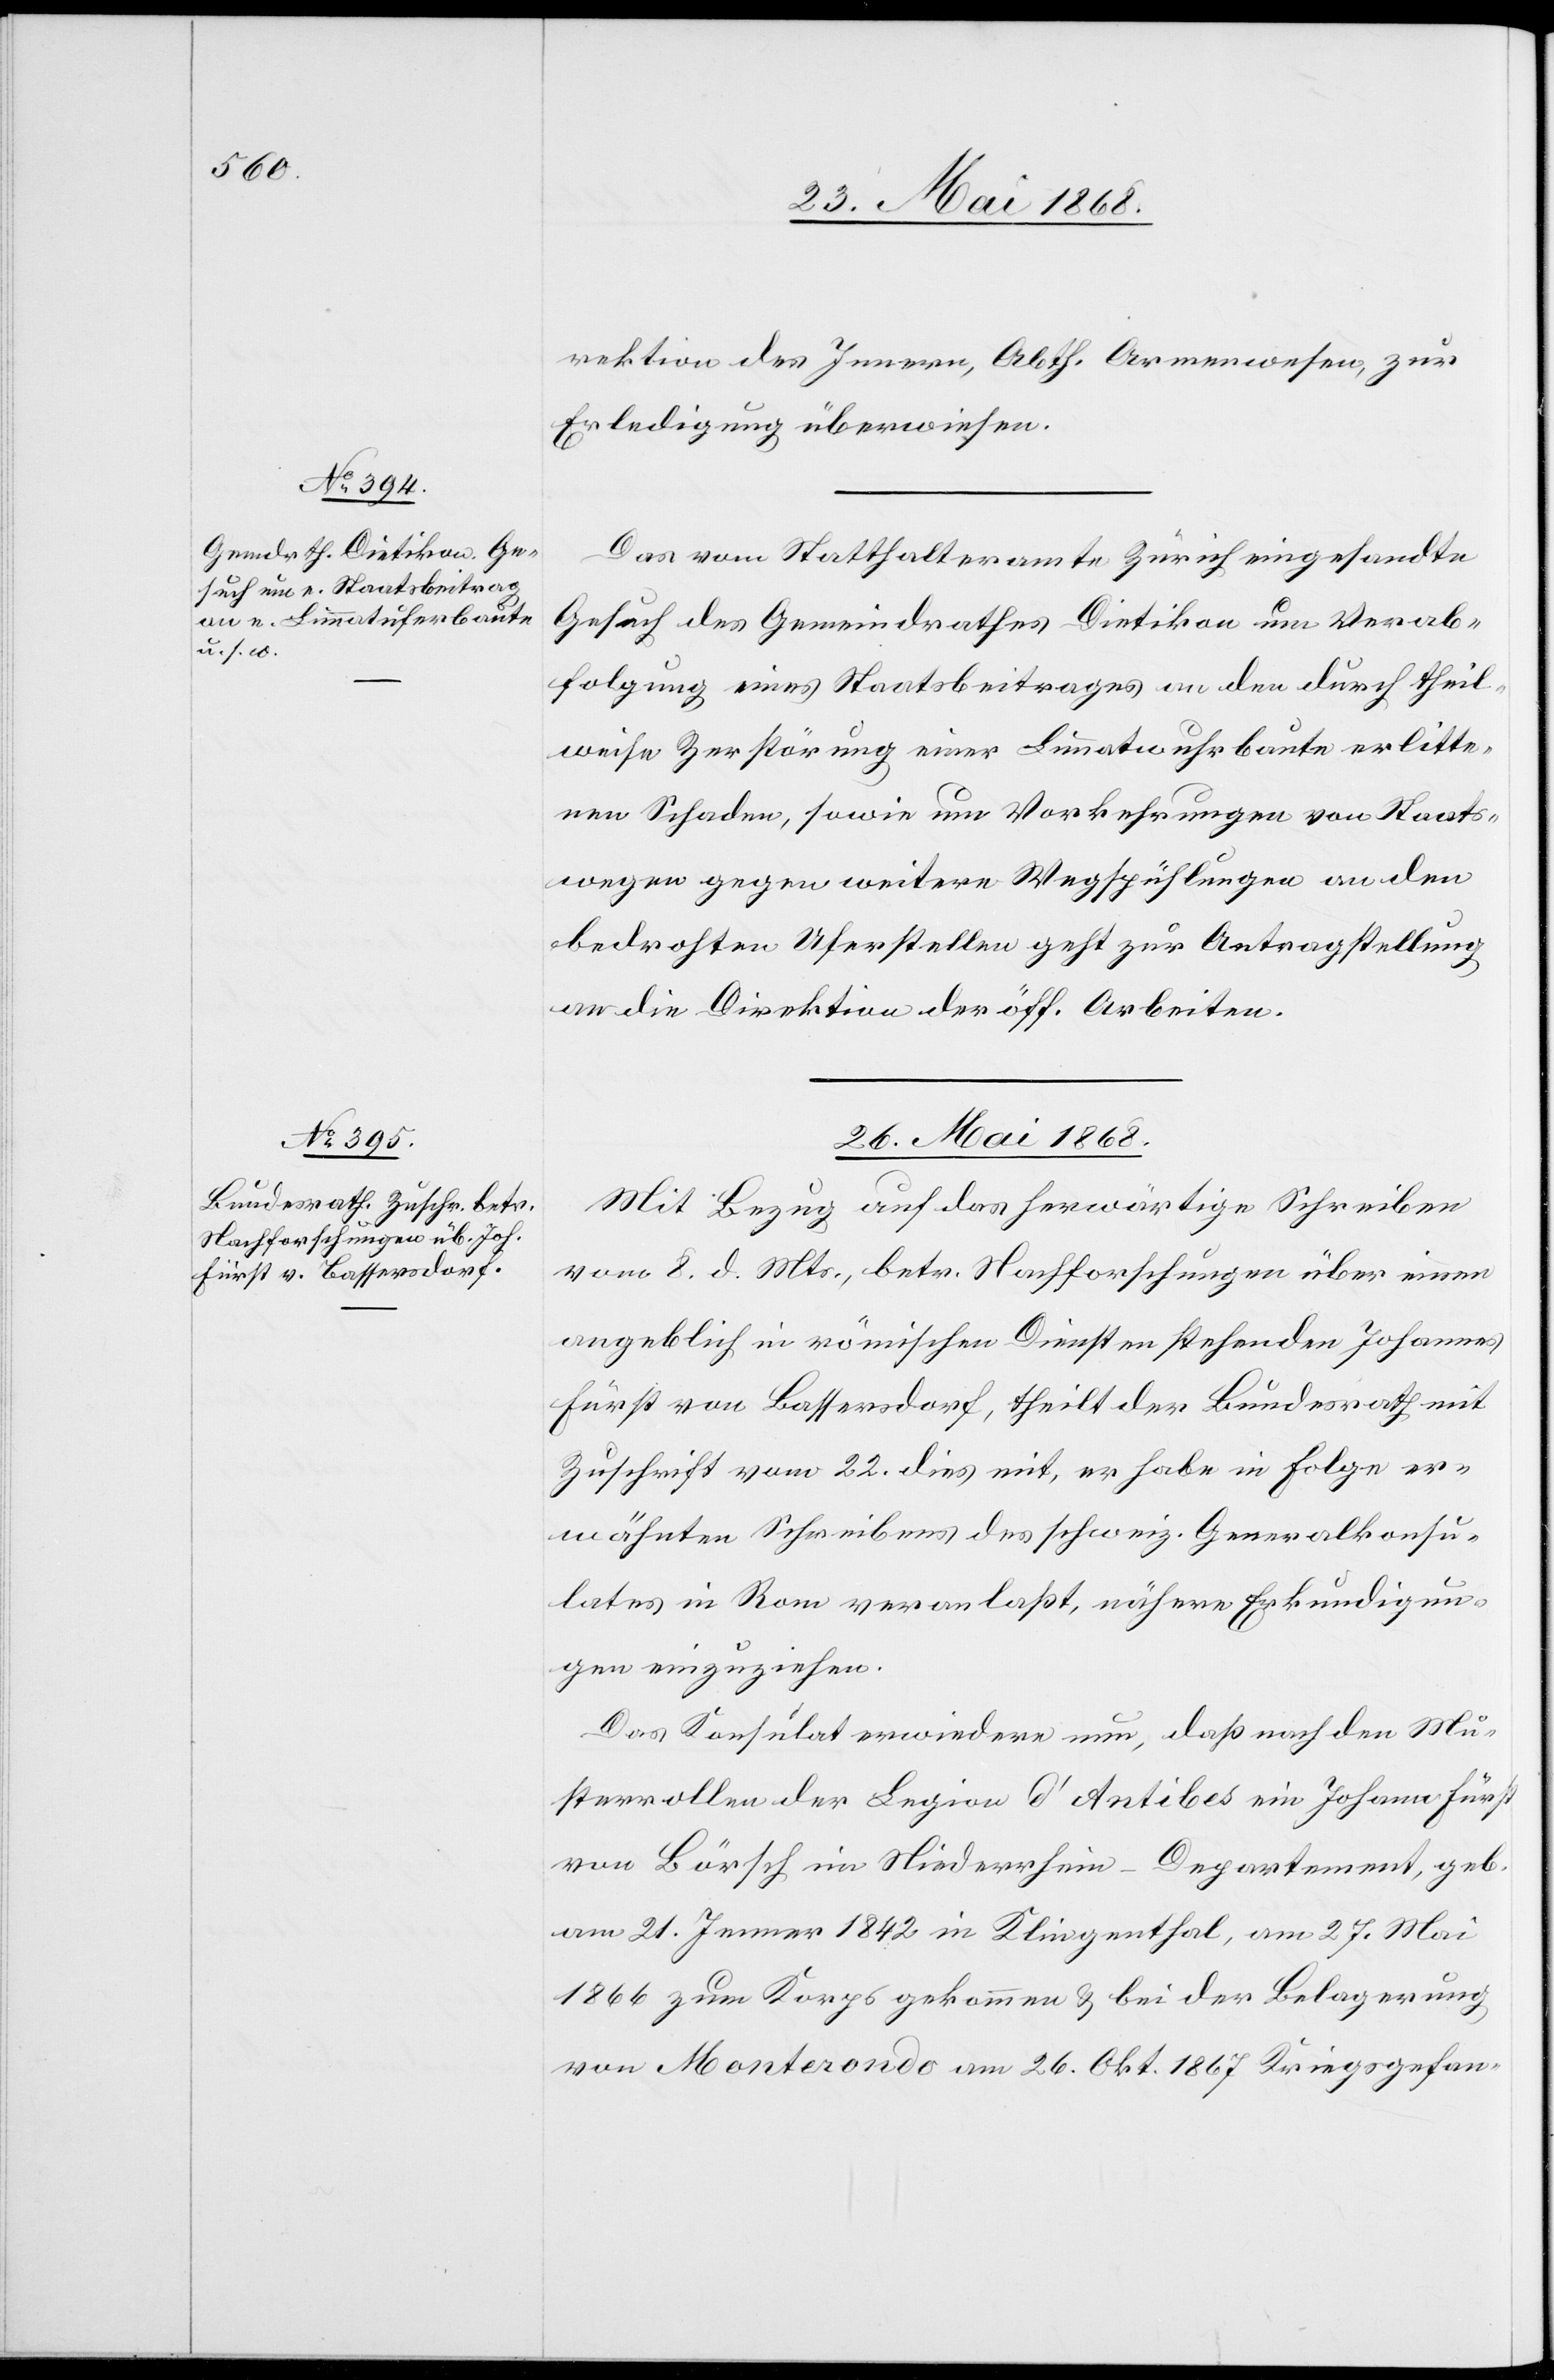
rektion des Innern, Abth. Armenwesen, zur
Erledigung überwiesen.
Das vom Statthalteramte Zürich eingesandte
Gesuch des Gemeindrathes Dietikon um Verab¬
folgung eines Staatsbeitrages an den durch theil¬
weise Zerstörung einer Limmatwuhrbaute erlitte¬
nen Schaden, sowie um Vorkehrungen von Staats¬
wegen gegen weitere Wegspühlungen an den
bedrohten Uferstellen geht zur Antragstellung
an die Direktion der öff. Arbeiten.
26. Mai 1868.
Mit Bezug auf das herwärtige Schreiben
vom 8. d. Mts., betr. Nachforschungen über einen
angeblich in römischen Diensten stehenden Johannes
Fürst von Bassersdorf, theilt der Bundesrath mit
Zuschrift vom 22. dies mit, er habe in Folge er¬
wähnten Schreibens des schweiz. Generalkonsu¬
lates in Rom veranlaßt, nähere Erkundigun¬
gen einzuziehen.
Das Konsulat erwiedere nun, daß nach den Mu¬
sterrollen der Legion d’Antibes ein Johann Fürst
von Börsch im Niederrhein-Departement, geb.
am 21. Jenner 1842 in Klingenthal, am 27. Mai
1866 zum Korps gekommen & bei der Belagerung
von Monterondo am 26. Okt. 1867 Kriegsgefan-